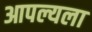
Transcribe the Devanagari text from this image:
आपल्यला